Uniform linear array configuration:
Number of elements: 64
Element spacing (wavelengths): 0.5
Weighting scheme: binomial
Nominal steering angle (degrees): -45
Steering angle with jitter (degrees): -43.659
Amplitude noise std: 0.05
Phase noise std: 0.05

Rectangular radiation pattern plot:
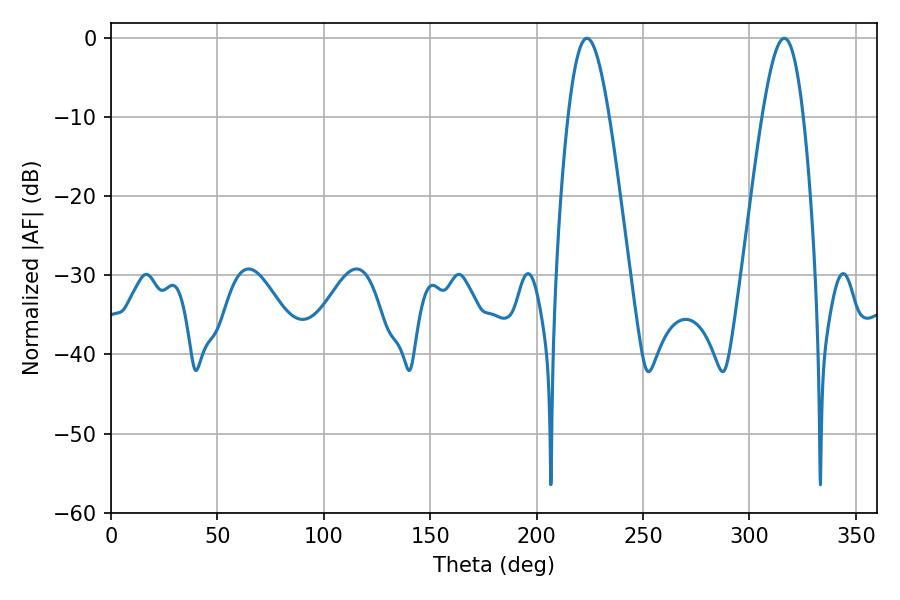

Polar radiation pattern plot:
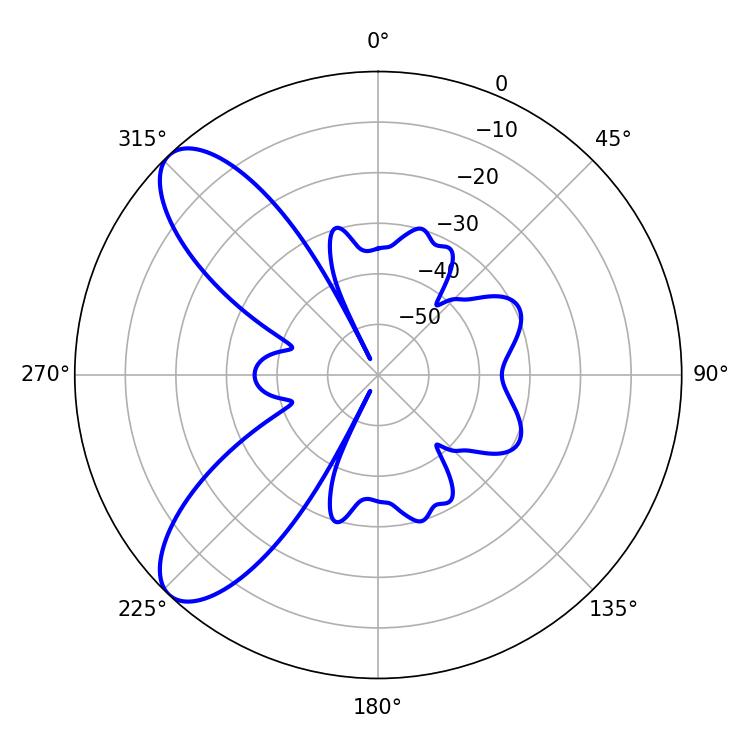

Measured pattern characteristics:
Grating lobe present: FALSE
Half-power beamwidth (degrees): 10.44
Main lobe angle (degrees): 223.56